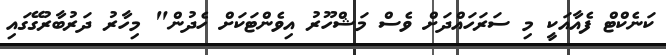
ކަނެކްޓް ފެއާއަކީ މި ސަރަހައްދަށް ވެސް މަޝްހޫރު އިވެންޓަކަށް ހެދުން" މިހާރު ދަރުބާރުގޭގައި